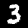
Label: 3